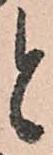
と